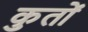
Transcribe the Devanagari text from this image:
कुतों